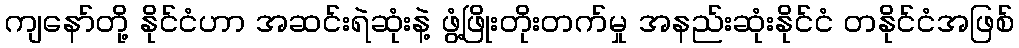
ကျနော်တို့ နိုင်ငံဟာ အဆင်းရဲဆုံးနဲ့ ဖွံ့ဖြိုးတိုးတက်မှု အနည်းဆုံးနိုင်ငံ တနိုင်ငံအဖြစ်